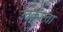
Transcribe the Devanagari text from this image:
उतकृष्टता